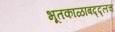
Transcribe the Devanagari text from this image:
भूतकाळाबद्द्लच